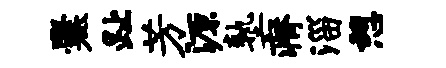
爨趾芳源塾瘠淄憩